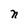
Character: n